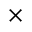
\times